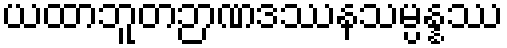
ယထာဘူတဉာဏဒဿနသမ္ပန္နဿ